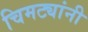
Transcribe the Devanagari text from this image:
चिमट्यांनी